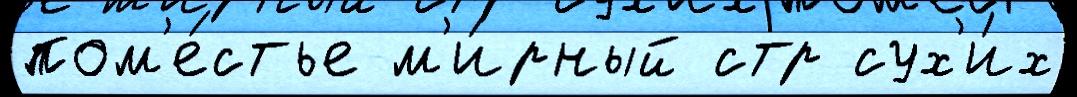
пом'е́стье м'и́рный стр сух'и́х